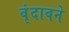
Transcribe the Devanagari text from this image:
वृंदावने